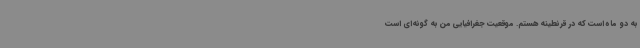
به دو ماه است که در قرنطینه هستم. موقعیت جغرافیایی من به گونه‌ای است